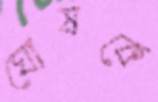
ঘোষকে